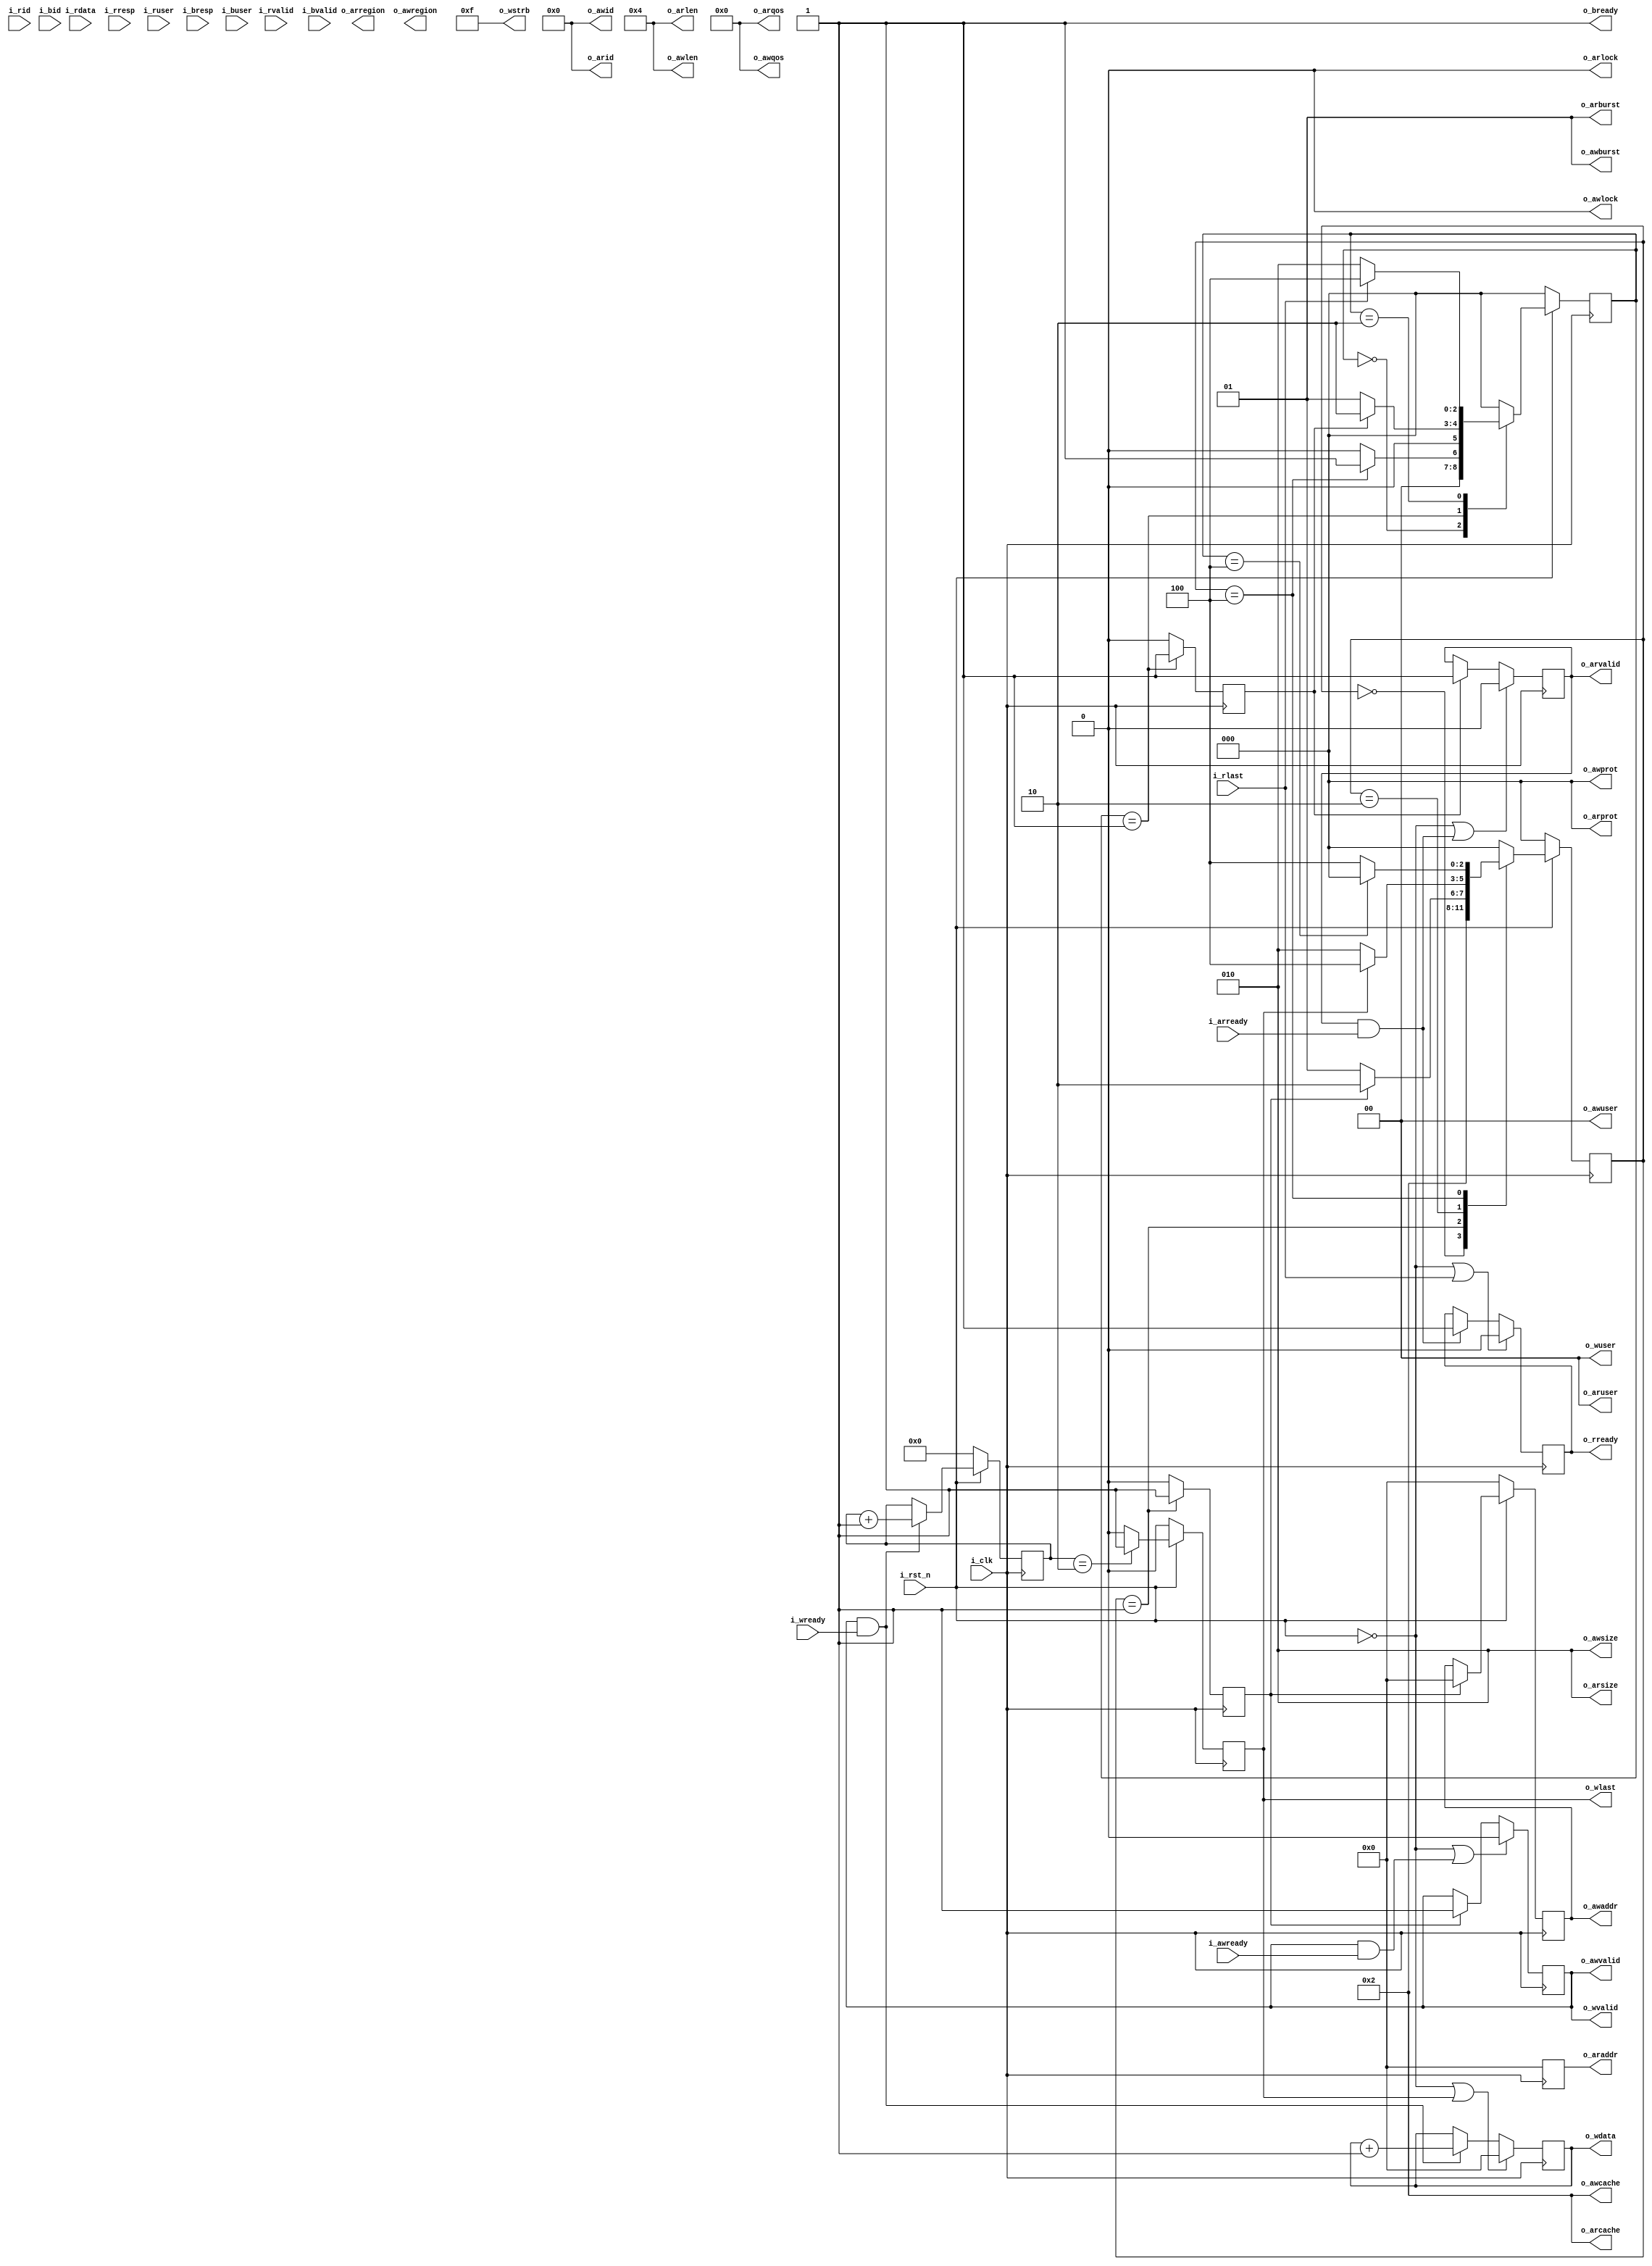
module axi_master#(
    parameter AXI_BURST_LEN    = 4,
    parameter AXI_ID_WIDTH     = 6,
    parameter AXI_ADDR_WIDTH   = 32,
    parameter AXI_DATA_WIDTH   = 32,
    parameter AXI_AWUSER_WIDTH = 0,
    parameter AXI_ARUSER_WIDTH = 0,
    parameter AXI_WUSER_WIDTH  = 0,
    parameter AXI_RUSER_WIDTH  = 0,
    parameter AXI_BUSER_WIDTH  = 0
)

(
    input                          i_clk      ,
    input                          i_rst_n    ,
    //AR
    output [AXI_ID_WIDTH-1    : 0] o_arid     ,
    output [AXI_ADDR_WIDTH-1  : 0] o_araddr   ,
    output [7                 : 0] o_arlen    ,
    output [2                 : 0] o_arsize   ,
    output [1                 : 0] o_arburst  ,
    output                         o_arlock   ,
    output [3                 : 0] o_arcache  ,
    output [2                 : 0] o_arprot   ,
    output [3                 : 0] o_arqos    ,
    output [3                 : 0] o_arregion ,
    output [AXI_ARUSER_WIDTH-1: 0] o_aruser   ,
    output                         o_arvalid  ,
    input                          i_arready  ,
    //R  
    input                          i_rid      ,//
    input  [AXI_DATA_WIDTH-1  : 0] i_rdata    ,
    input                          i_rresp    ,//
    input                          i_rlast    ,
    input                          i_ruser    ,
    input                          i_rvalid   ,
    output                         o_rready   ,
    //AW
    output [AXI_ID_WIDTH-1    : 0] o_awid     ,
    output [AXI_ADDR_WIDTH-1  : 0] o_awaddr   ,
    output [7                 : 0] o_awlen    ,
    output [2                 : 0] o_awsize   ,
    output [1                 : 0] o_awburst  ,
    output                         o_awlock   ,
    output [3                 : 0] o_awcache  ,
    output [2                 : 0] o_awprot   ,                 
    output [3                 : 0] o_awqos    ,
    output [3                 : 0] o_awregion ,
    output [AXI_AWUSER_WIDTH-1: 0] o_awuser   ,
    output                         o_awvalid  ,
    input                          i_awready  ,
    //W
    output [AXI_DATA_WIDTH-1  : 0] o_wdata    ,
    output [AXI_DATA_WIDTH/8-1: 0] o_wstrb    ,
    output                         o_wlast    ,
    output [AXI_WUSER_WIDTH-1 : 0] o_wuser    ,
    output                         o_wvalid   ,
    input                          i_wready   ,

    //B
    input  [AXI_ID_WIDTH-1    : 0] i_bid      ,
    input  [1                 : 0] i_bresp    ,
    input  [AXI_BUSER_WIDTH-1 : 0] i_buser    ,
    input                          i_bvalid   ,
    output                         o_bready 
);

    /*****************************function**************************/
    //计算二进制位宽
    function integer clogb2(input integer number);
        begin
            for(clogb2 = 0; number > 0; clogb2 = clogb2 + 1)
                number = number >> 1; 
        end
    endfunction
    /***************************parameter***************************/
    parameter ST_IDLE        = 3'b000           ;
           
    parameter ST_WRITE_START = 3'b001           ;
    parameter ST_WRITE_TRANS = 3'b010           ;
    parameter ST_WRITE_END   = 3'b100           ;
           
    parameter ST_READ_START  = 3'b001           ;
    parameter ST_READ_TRANS  = 3'b010           ;
    parameter ST_READ_END    = 3'b100           ;
    /*************************state machine*************************/
    reg [ 2                : 0] read_state      ; 
    reg [ 2                : 0] next_read_state ;
    reg [ 2                : 0] write_state     ;
    reg [ 2                : 0] next_write_state;

    always @(posedge i_clk) begin
        if(w_system_rst)
            write_state <= ST_IDLE;
        else
            write_state <= next_write_state;
    end

    always @(*) begin
        case (write_state)
            ST_IDLE       : next_write_state = ST_WRITE_START;
            ST_WRITE_START: next_write_state = r_write_start? ST_WRITE_TRANS: ST_WRITE_START;
            ST_WRITE_TRANS: next_write_state = o_wlast      ? ST_WRITE_END  : ST_WRITE_TRANS;
            ST_WRITE_END  : next_write_state = (read_state == ST_READ_END)? ST_IDLE:ST_WRITE_END;
            default       : next_write_state = ST_IDLE;      
        endcase
    end

    always @(posedge i_clk) begin
        if(write_state == ST_WRITE_START)
            r_write_start <= 1'b1;
        else
            r_write_start <= 1'b0;    
    end




    always @(posedge i_clk) begin
        if(w_system_rst)
            read_state <= ST_IDLE;
        else
            read_state <= next_read_state;
    end

    always @(*) begin
        case (read_state)
            ST_IDLE      : next_read_state = (write_state == ST_WRITE_END)? ST_READ_START: ST_IDLE;
            ST_READ_START: next_read_state = r_read_start? ST_READ_TRANS: ST_READ_START;
            ST_READ_TRANS: next_read_state = i_rlast     ? ST_READ_END  : ST_READ_TRANS;
            ST_READ_END  : next_read_state = ST_IDLE;
            default      : next_read_state = ST_IDLE;      
        endcase
    end

    always @(posedge i_clk) begin
        if(read_state == ST_READ_START)
            r_read_start <= 1'b1;
        else
            r_read_start <= 1'b0;    
    end


    /****************************register***************************/
    //AR 
    reg [AXI_ADDR_WIDTH - 1: 0] r_araddr         ;
    reg                         r_arvalid        ;
    reg                         r_read_start     ;
    //R        
    reg                         r_rready         ;
    reg [AXI_DATA_WIDTH - 1: 0] r_rdata          ;
    //AW        
    reg [AXI_ADDR_WIDTH - 1: 0] r_awaddr         ;
    reg                         r_awvalid        ;
    reg                         r_write_start    ;
    reg [7                 : 0] r_burst_cnt      ;
    //W    
    reg [AXI_DATA_WIDTH - 1: 0] r_wdata          ; 
    reg                         r_wlast          ;
    reg                         r_wvalid         ;
    /****************************netlist****************************/
    wire w_system_rst = ~ i_rst_n ;
    /**********************combinational logic**********************/
    //AR
    assign o_arid   = 'b0                        ;//

    assign o_arlen  = AXI_BURST_LEN              ;
    assign o_arsize = clogb2(AXI_DATA_WIDTH/8 -1);
    assign o_arburst= 2'b01                      ;
    assign o_arlock = 'b0                        ;
    assign o_arcache= 4'b0010                    ;
    assign o_arprot = 'b0                        ;
    assign o_arqos  = 'b0                        ;
    assign o_aruser = 'b0                        ;
    assign o_araddr = r_araddr                   ;
    assign o_arvalid= r_arvalid                  ;
    //R
    assign o_rready = r_rready                   ;
    //AW
    assign o_awid   = 'b0                        ;//
    assign o_awlen  = AXI_BURST_LEN              ;
    assign o_awsize = clogb2(AXI_DATA_WIDTH/8 -1);
    assign o_awburst= 2'b01                      ;
    assign o_awlock = 'b0                        ;
    assign o_awcache= 4'b0010                    ;
    assign o_awprot = 'b0                        ;
    assign o_awqos  = 'b0                        ;
    assign o_awuser = 'b0                        ;
    assign o_awaddr = r_awaddr                   ;
    assign o_awvalid= r_awvalid                  ;
    //W
    assign o_wstrb  = {AXI_DATA_WIDTH/8{1'b1}}   ;
    assign o_wuser  = 'b0                        ;
    assign o_wdata  = r_wdata                    ;
    assign o_wlast  = r_wlast                    ;
    assign o_wvalid = r_awvalid                  ;
    //B
    assign o_bready = 1'b1                       ;//



    /*************************instantiation*************************/
    /****************************process****************************/
    //AR
    always @(posedge i_clk) begin
        if(w_system_rst | (o_arvalid & i_arready))
            r_arvalid <= 'b0;
        else if(r_read_start)
            r_arvalid <= 'b1;
        else
            r_arvalid <= r_arvalid;
    end

    always @(posedge i_clk) begin
        if(r_read_start)
            r_araddr <= 'b0;//根据具体情况修改
        else
            r_araddr <= 'b0;
    end

    
    //R
    always @(posedge i_clk) begin
        if(w_system_rst | i_rlast)
            r_rready <= 1'b0;
        else if(o_arvalid & i_arready)
            r_rready <= 1'b1;
        else
            r_rready <= r_rready;        
    end
    
    always @(posedge i_clk) begin
        if(i_rvalid & o_rready)      
            r_rdata <= i_rdata;
        else
            r_rdata <= r_rdata;
    end

    //AW
    always @(posedge i_clk) begin
        if(w_system_rst |(o_awvalid & i_awready))
            r_awvalid <= 'b0;
        else if( r_write_start)
            r_awvalid <= 'b1;
        else
            r_awvalid <= r_awvalid;
    end

    always @(posedge i_clk) begin
        if(w_system_rst)
            r_awaddr <= 'b0;
        else if(r_write_start)
            r_awaddr <= 'b0;//根据实际情况修改
        else
            r_awaddr <= r_awaddr;  
    end
    //W
    always @(posedge i_clk) begin
        if(w_system_rst)
            r_wvalid <= 'b0;
        else if(o_awvalid & i_awready)
            r_wvalid <= 'b1;
       else
            r_wvalid <= r_wvalid; 
    end

    always @(posedge i_clk) begin
        if(w_system_rst | o_wlast)
            r_wdata  <= 'b0;
        else if(o_wvalid & i_wready)
            r_wdata  <= r_wdata + 1;//根据实际情况修改
        else
            r_wdata  <= r_wdata;
    end

    always @(posedge i_clk) begin
        //burst len > 2
        if(w_system_rst)
            r_wlast  <= 'b0;
        else if(r_burst_cnt == AXI_BURST_LEN - 2)
            r_wlast  <= 'b1;
        else
            r_wlast  <= 'b0;
    end

    always @(posedge i_clk) begin
        if(w_system_rst)
            r_burst_cnt  <= 'b0;
        else if(o_wvalid & i_wready)
            r_burst_cnt  <= r_burst_cnt + 1;
        else
            r_burst_cnt  <= r_burst_cnt;
    end

    


endmodule
module axi_lite_slaver(
    input          clk,
    input          rst_n,
    //AR
    input  [31: 0] araddr,
    input          arvalid,
    output         arready,
    //R
    output [31: 0] rdata,
    output         rresp,
    output         rvalid,
    input          rready,
    //AW
    input  [31: 0] awaddr,
    input          awvalid,
    output         awready,
    //W
    input  [31: 0] wdata,
    input  [ 3: 0] wstrb,
    input          wvalid,
    output         wready,
    //B
    output         bresp,
    output         bvalid,
    input          bready
);

endmodule